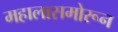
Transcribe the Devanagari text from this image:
महालासमोरून